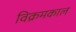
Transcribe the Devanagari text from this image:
विक्रमकाल